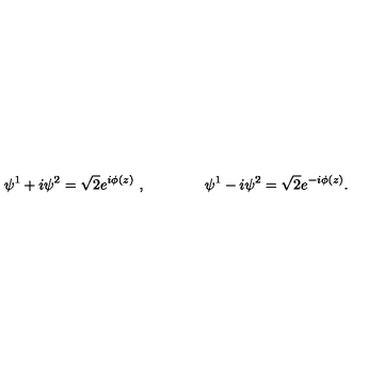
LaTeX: \psi ^ { 1 } + i \psi ^ { 2 } = \sqrt 2 e ^ { i \phi ( z ) } \ , \qquad \qquad \psi ^ { 1 } - i \psi ^ { 2 } = \sqrt 2 e ^ { - i \phi ( z ) } .